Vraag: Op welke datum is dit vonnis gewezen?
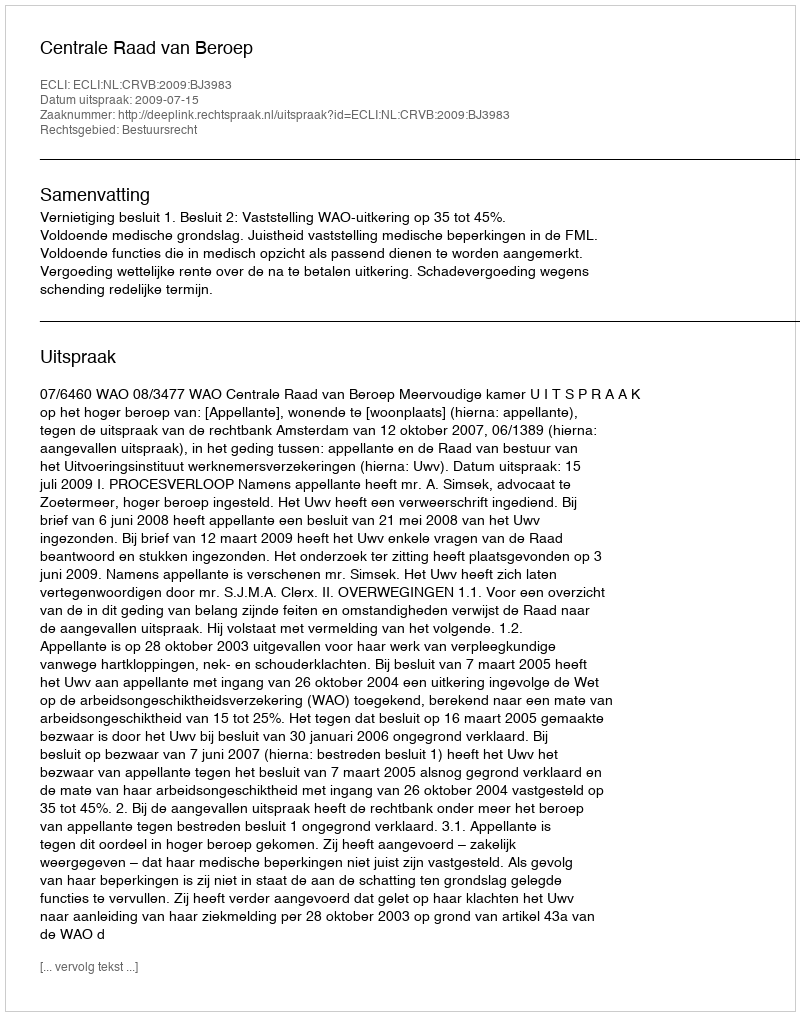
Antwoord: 2009-07-15